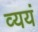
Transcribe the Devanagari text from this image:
व्ययं